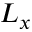
L _ { x }